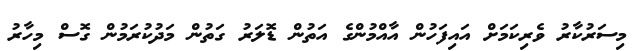
މިސަރުކާރު ވެރިކަމަށް އައިފަހުން އާއްމުންގެ އަތުން ޑޮލަރު ގަތުން މަދުކުރަމުން ގޮސް މިހާރު